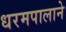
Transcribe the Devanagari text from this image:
धरमपालाने